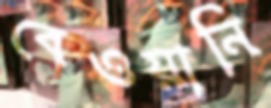
বেওয়ানি